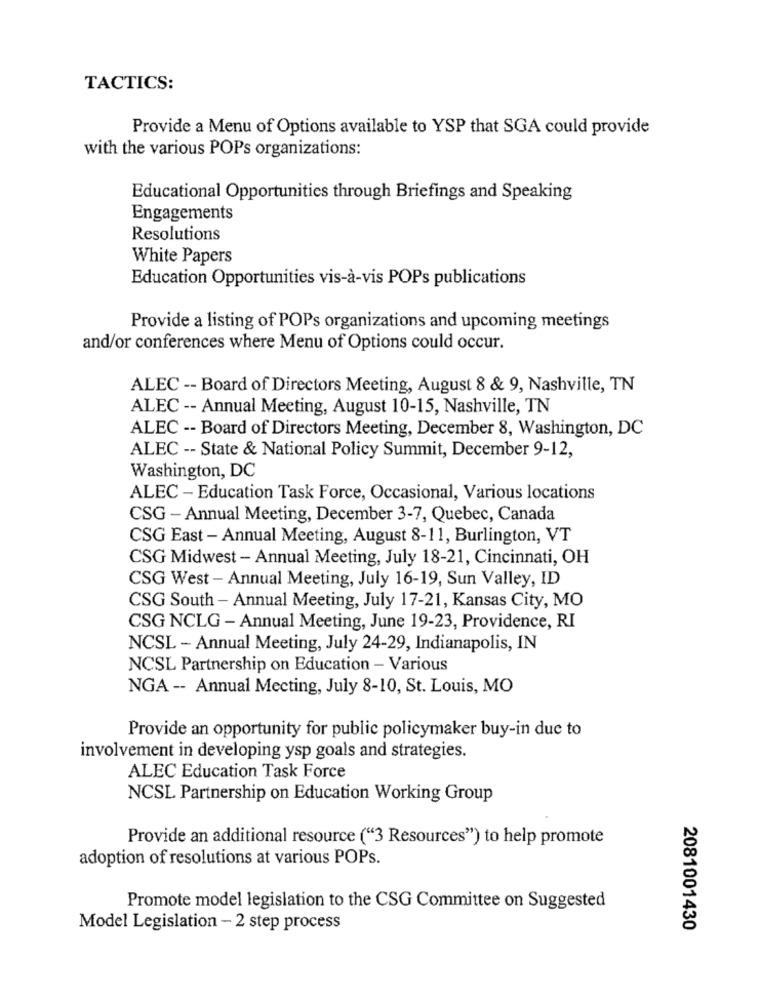
TACTICS:
Provide a Menu of Options available to YSP that SGA could provide
with the various POPs organizations:
Educational Opportunities through Briefings and Speaking
Engagements
Resolutions
White Papers
Education Opportunities vis-à-vis POPs publications
Provide a listing of POPs organizations and upcoming meetings
and/or conferences where Menu of Options could occur.
ALEC -- Board of Directors Meeting, August 8 & 9, Nashville, TN
ALEC -- Annual Meeting, August 10-15, Nashville, TN
ALEC -- Board of Directors Meeting, December 8, Washington, DC
ALEC -- State & National Policy Summit, December 9-12,
Washington, DC
ALEC - Education Task Force, Occasional, Various locations
CSG - Annual Meeting, December 3-7, Quebec, Canada
CSG East - Annual Meeting, August 8-11, Burlington, VT
CSG Midwest - Annual Meeting, July 18-21, Cincinnati, OH
CSG West - Annual Meeting, July 16-19, Sun Valley, ID
CSG South - Annual Meeting, July 17-21, Kansas City, MO
CSG NCLG - Annual Meeting, June 19-23, Providence, RI
NCSL - Annual Meeting, July 24-29, Indianapolis, IN
NCSL Partnership on Education - Various
NGA -- Annual Meeting, July 8-10, St. Louis, MO
Provide an opportunity for public policymaker buy-in due to
involvement in developing ysp goals and strategies.
ALEC Education Task Force
NCSL Partnership on Education Working Group
Provide an additional resource ("3 Resources") to help promote
adoption of resolutions at various POPs.
Promote model legislation to the CSG Committee on Suggested
Model Legislation - 2 step process
2081001430